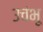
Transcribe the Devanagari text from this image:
उचंभू